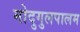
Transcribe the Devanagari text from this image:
मोदुगुलपालम